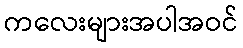
ကလေးများအပါအဝင်